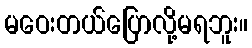
မဝေးတယ်ပြောလို့မရဘူး။